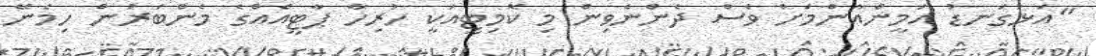
"އަޅުގަނޑު އަމީންއާންމަށް ވެސް ދެންނެވިން މި ކޮމިޓީއަކީ ހުރިހާ ޕާޓީއެއްގެ މެންބަރުން ހިމެނޭ